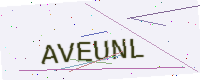
Text: AVEUNL